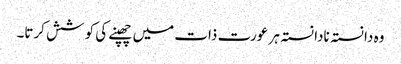
وہ دا نستہ نادا نستہ ہر عورت ذات میں چھپنے کی کو شش کرتا۔